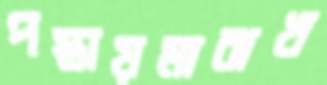
পস্তায়মাঝখ